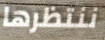
ننتظرها